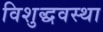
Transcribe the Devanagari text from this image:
विशुद्धवस्था